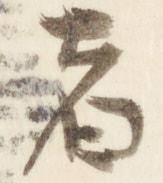
者